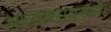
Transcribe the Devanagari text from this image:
अध्यासावस्था